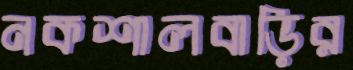
নকশালবাড়ির